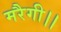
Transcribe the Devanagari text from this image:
मरैगी।।